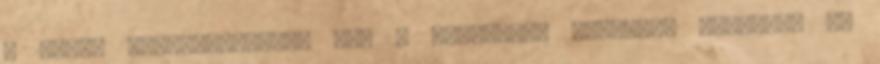
a bécsi kancelláriának azt a leiratát, amelyben fölkérik az